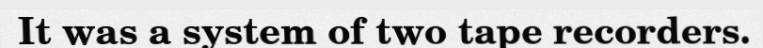
It was a system of two tape recorders.